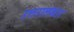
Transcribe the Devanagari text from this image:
उत्तरालंकार